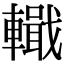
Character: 𨎵